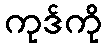
ကုဒ်ကို